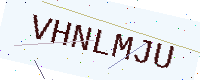
Text: VHNLMJU